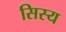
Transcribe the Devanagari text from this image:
सिस्य